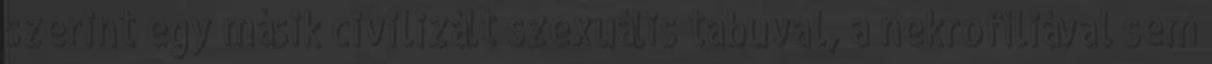
szerint egy másik civilizált szexuális tabuval, a nekrofíliával sem